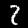
Digit: 2